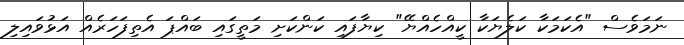
ނަމަވެސް "އެކަމަކާ ކަލެޔަކާ ކީއްހެއްޔޭ" ކިޔާފައި ކަންކަށި މަތީގައި ބައްޕަ އެތިފަހަރެއް އަޅުވައިލި